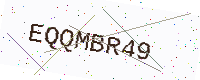
Text: EQQMBR49